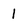
Character: 1